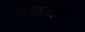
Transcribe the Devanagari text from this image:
सातवीला